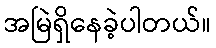
အမြဲရှိနေခဲ့ပါတယ်။